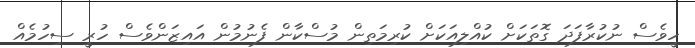
ހީވެސް ނުކުރާފަދަ ގޮތަކަށް ކުއްލިއަކަށް ކުރިމަތިން މުސްކާން ފެނުމުން އައިޒަންވެސް ހުރީ ސިހުމެއް